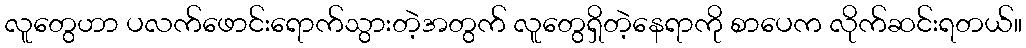
လူတွေဟာ ပလက်ဖောင်းရောက်သွားတဲ့အတွက် လူတွေရှိတဲ့နေရာကို စာပေက လိုက်ဆင်းရတယ်။